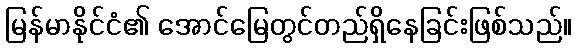
မြန်မာနိုင်ငံ၏ အောင်မြေတွင်တည်ရှိနေခြင်းဖြစ်သည်။